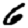
Digit: 6